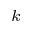
^ { k }